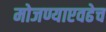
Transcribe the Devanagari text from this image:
मोजण्याएवढेच